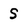
Character: S